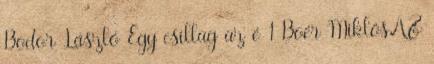
Bodor László Egy csillag az é 1 Boér MiklósAZ